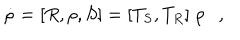
LaTeX: \dot { \rho } = [ R , \rho , S ] = [ T _ { S } , T _ { R } ] \; \rho ,